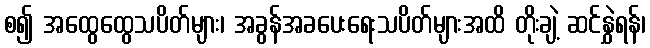
စ၍ အထွေထွေသပိတ်များ၊ အခွန်အခပေးရေးသပိတ်များအထိ တိုးချဲ့ ဆင်နွှဲရန်၊